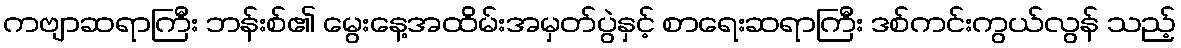
ကဗျာဆရာကြီး ဘန်းစ်၏ မွေးနေ့အထိမ်းအမှတ်ပွဲနှင့် စာရေးဆရာကြီး ဒစ်ကင်းကွယ်လွန် သည့်